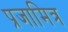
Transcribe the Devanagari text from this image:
प्रजामित्र